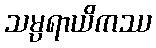
သမ္ပရာယိကဿ